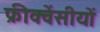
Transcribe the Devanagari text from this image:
फ्रीक्वेंसीयों